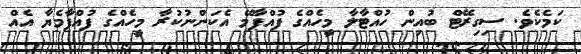
ކަމެކެވެ. ސިގިރޭޓް ބުއިން ހުއްޓާލާ މީހެއްގެ ފުއްޕާމޭ އެކަންނުކުރާ މީހެއްގެ ފުއްޕާމެޔާ އެއް